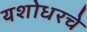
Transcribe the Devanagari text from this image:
यशोधरचे